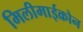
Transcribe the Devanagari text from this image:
मिलीमाईक्रोन